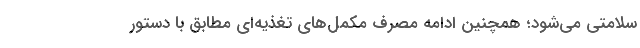
سلامتی می‌شود؛ همچنین ادامه مصرف مکمل‌های تغذیه‌ای مطابق با دستور